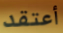
أعتقد